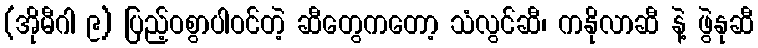
(အိုမီဂါ ၉) ပြည့်ဝစွာပါဝင်တဲ့ ဆီတွေကတော့ သံလွင်ဆီ၊ ကနိုလာဆီ နဲ့ ဖွဲနုဆီ